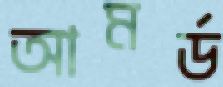
আমর্ড